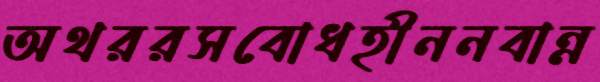
অথররসবোধহীননবান্ন